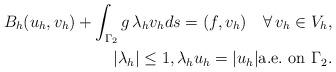
LaTeX: \begin{align*}B_h(u_h,v_h) + \int_{\Gamma_2} g\, \lambda_h v_h ds = (f,v_h) \quad\forall\,v_h\in V_h,\\|\lambda_h|\leq 1, \lambda_h u_h =|u_h| {\rm a.e.\ on}\ \Gamma_2.\end{align*}